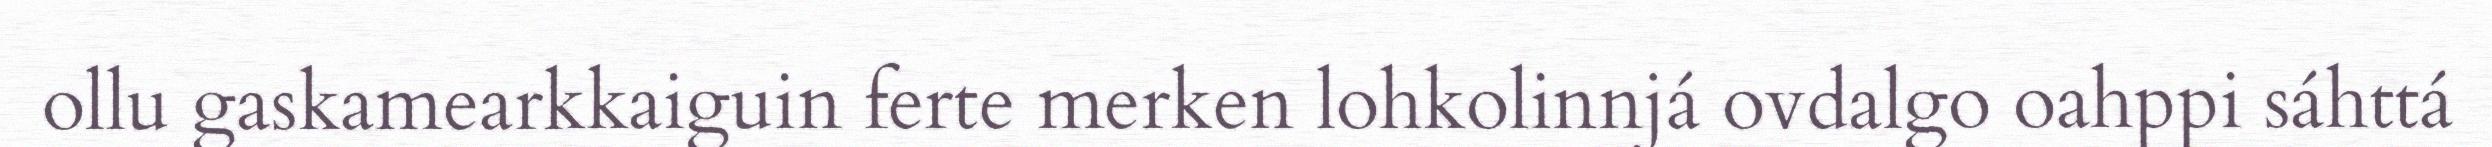
ollu gaskamearkkaiguin ferte merken lohkolinnjá ovdalgo oahppi sáhttá